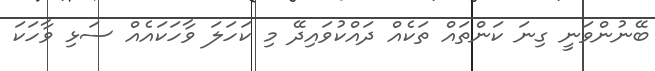
ބޭނުންވަނީ ގިނަ ކަންތައް ތަކެއް ދައްކުވައިދޭ މި ކަހަލަ ވާހަކައެއް ސަޅި ވާހަކަ